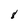
Character: 8